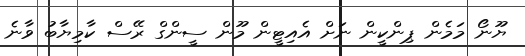
ޔޫނޯ މަމެން ޕިންކީން ނަށް އެއިޓީން މޫން ސީންގް ރޭސް ކާމިޔާބު ވާނެ